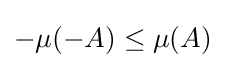
-\mu (-A)\leq \mu (A)